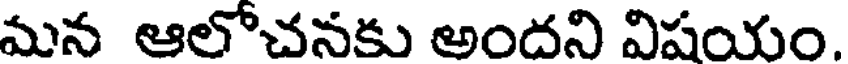
మన ఆలోచనకు అందని విషయం.